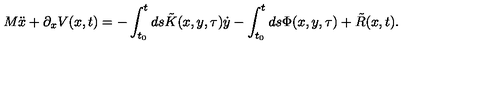
M \ddot { x } + \partial _ { x } V ( x , t ) = - \int _ { t _ { 0 } } ^ { t } d s \tilde { K } ( x , y , \tau ) \dot { y } - \int _ { t _ { 0 } } ^ { t } d s \Phi ( x , y , \tau ) + \tilde { R } ( x , t ) .